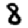
Digit: 8